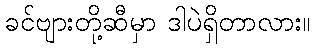
ခင်ဗျားတို့ဆီမှာ ဒါပဲရှိတာလား။